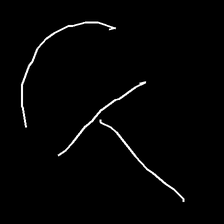
Glyph: dispersion